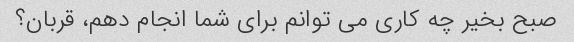
صبح بخیر چه کاری می توانم برای شما انجام دهم، قربان؟